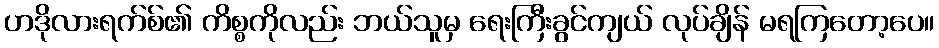
ဟဒိုလားရက်စ်၏ ကိစ္စကိုလည်း ဘယ်သူမှ ရေးကြီးခွင်ကျယ် လုပ်ချိန် မရကြတော့ပေ။